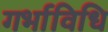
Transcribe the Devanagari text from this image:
गर्भाविधि